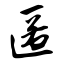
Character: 匿